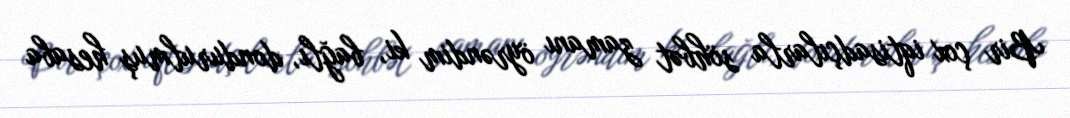
Bir çox iqtisadçılarla söhbət zamanı öyrəndim ki, bağlı, dondurulmuş hesaba